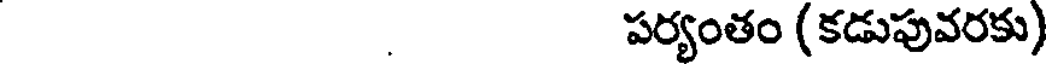
పర్యంతం (కడుపువరకు)